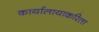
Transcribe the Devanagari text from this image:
कार्यालायाकरिता